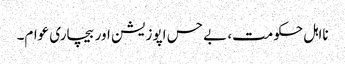
نااہل حکومت، بے حس اپوزیشن اور بیچاری عوام۔